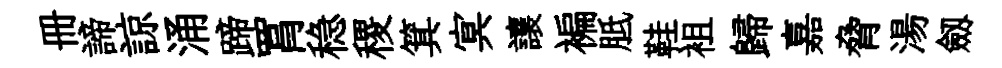
册諦諒涌蹄罥稳稷箕㝠讓褊胝鞋袓歸嘉脅湯劔